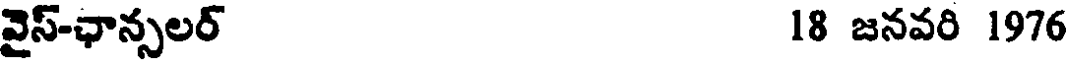
వైస్-ఛాన్సలర్ 18 జనవరి 1976